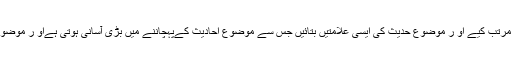
علمائے اسلام نے واضعین کے مقابلہ میں قابل قدر خدمات انجام د ی انہوں نے ایسے اصول وقواعد مرتب کیے او ر موضوع حدیث کی ایسی علامتیں بتائیں جس سے موضوع احادیث کےپہچاننے میں بڑی آسانی ہوتی ہےاو ر موضوع احادیث پر مشتمل کتب لکھیں تاکہ لوگ ایسی ا حادیث سےباخبر ہوجائیں جن کی کوئی اصل نہیں۔